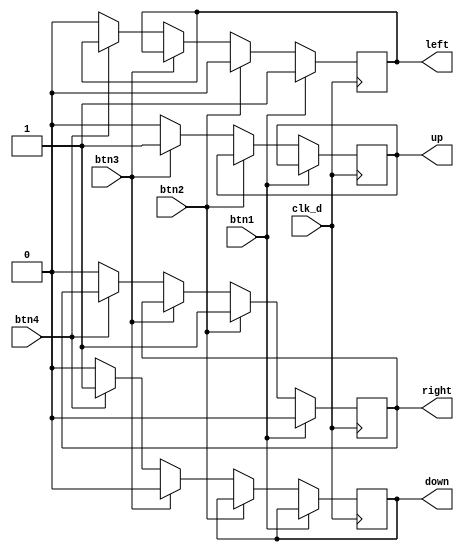
`timescale 1ns / 1ps
//////////////////////////////////////////////////////////////////////////////////
// Company: 
// Engineer: 
// 
// Design Name: 
// Module Name: inputs
// Project Name: 
// Target Devices: 
// Tool Versions: 
// Description: 
// 
// Dependencies: 
// 
// Revision:
// Revision 0.01 - File Created
// Additional Comments:
// 
//////////////////////////////////////////////////////////////////////////////////


module inputs( 
    input clk_d,
    input btn1, btn2, btn3, btn4,
    output reg left, right, up, down
    );
always @(posedge clk_d)
    begin
        if (btn1)
            begin
                left <= 1;
                right <= 0;
            end
        else if (btn2)
            begin
                right <= 1;
                left <= 0;
            end 
        else if (btn3)
            begin
                up <= 1;
                down <=0;
            end
        else if (btn4)
            begin
                up <= 0;
                down <=1;
            end  
        else
            begin
            right <= 0;
            left <= 0;
            up <=0;
            down <=0;
            end
    end         
endmodule